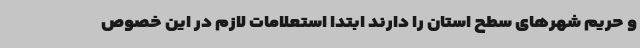
و حریم شهرهای سطح استان را دارند ابتدا استعلامات لازم در این خصوص